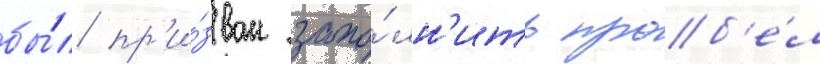
бы́л пр'и́зван запо́лн'ить проб'е́л